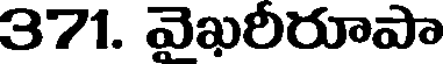
371. వెఖరీరూపా